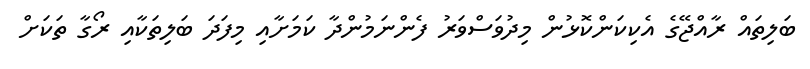
ބަލިތައް ރާއްޖޭގެ އެކިކަންކޮޅުން މިދުވަސްވަރު ފެންނަމުންދާ ކަމަށާއި މިފަދަ ބަލިތަކާއި ރޯގާ ތަކަށް